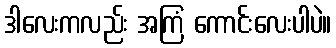
ဒါလေးကလည်း အကြံ ကောင်းလေးပါပဲ။